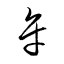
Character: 牟